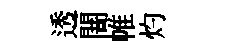
透闇帷灼